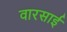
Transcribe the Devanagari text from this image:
वारसाई